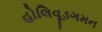
હોલિવૂડગમન